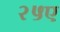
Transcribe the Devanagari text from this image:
२५ए